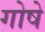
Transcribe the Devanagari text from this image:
गोषे